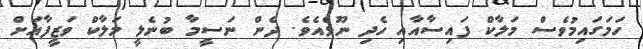
ހަމަގައިމުވެސް މަލާކް ފައިސާއާއި ހެދި ނޫޅެއެވެ. ދެން ނަސީމާ ބުނެލީ މަލާކް ވަޒީފާއަށް